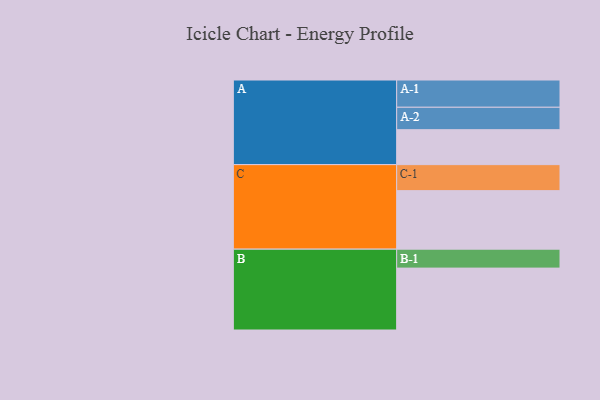
{"axis": {"x": "Segment", "y": "Value"}, "legend": ["", "A", "B", "C"], "data": [{"x": "A", "y": 332, "type": ""}, {"x": "B", "y": 588, "type": ""}, {"x": "C", "y": 556, "type": ""}, {"x": "A-1", "y": 259, "type": "A"}, {"x": "A-2", "y": 213, "type": "A"}, {"x": "B-1", "y": 180, "type": "B"}, {"x": "C-1", "y": 247, "type": "C"}]}